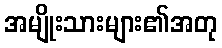
အမျိုးသားများ၏အတု